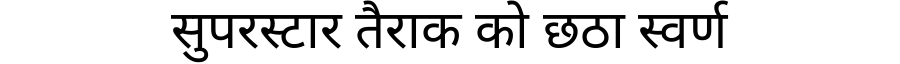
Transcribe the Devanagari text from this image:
सुपरस्टार तैराक को छठा स्वर्ण